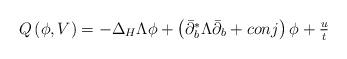
LaTeX: \begin{align*}\begin{array}{l}Q\left( \phi ,V\right) =-\Delta _{H}\Lambda \phi +\left( \bar{\partial}_{b}^{\ast }\Lambda \bar{\partial}_{b}+conj\right) \phi +\frac{u}{t}\end{array}\end{align*}